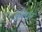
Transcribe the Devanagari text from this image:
सीरपुर